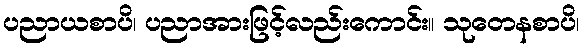
ပညာယစာပိ၊ ပညာအားဖြင့်လည်းကောင်း။ သုတေနစာပိ၊